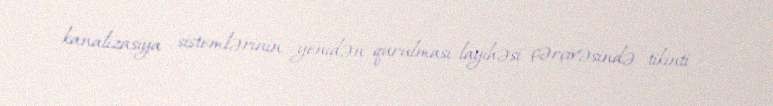
kanalizasiya sistemlərinin yenidən qurulması layihəsi çərçivəsində tikinti -